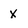
Character: x